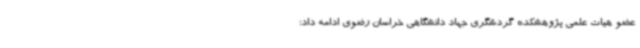
عضو هیات علمی پژوهشکده گردشگری جهاد دانشگاهی خراسان رضوی ادامه داد: